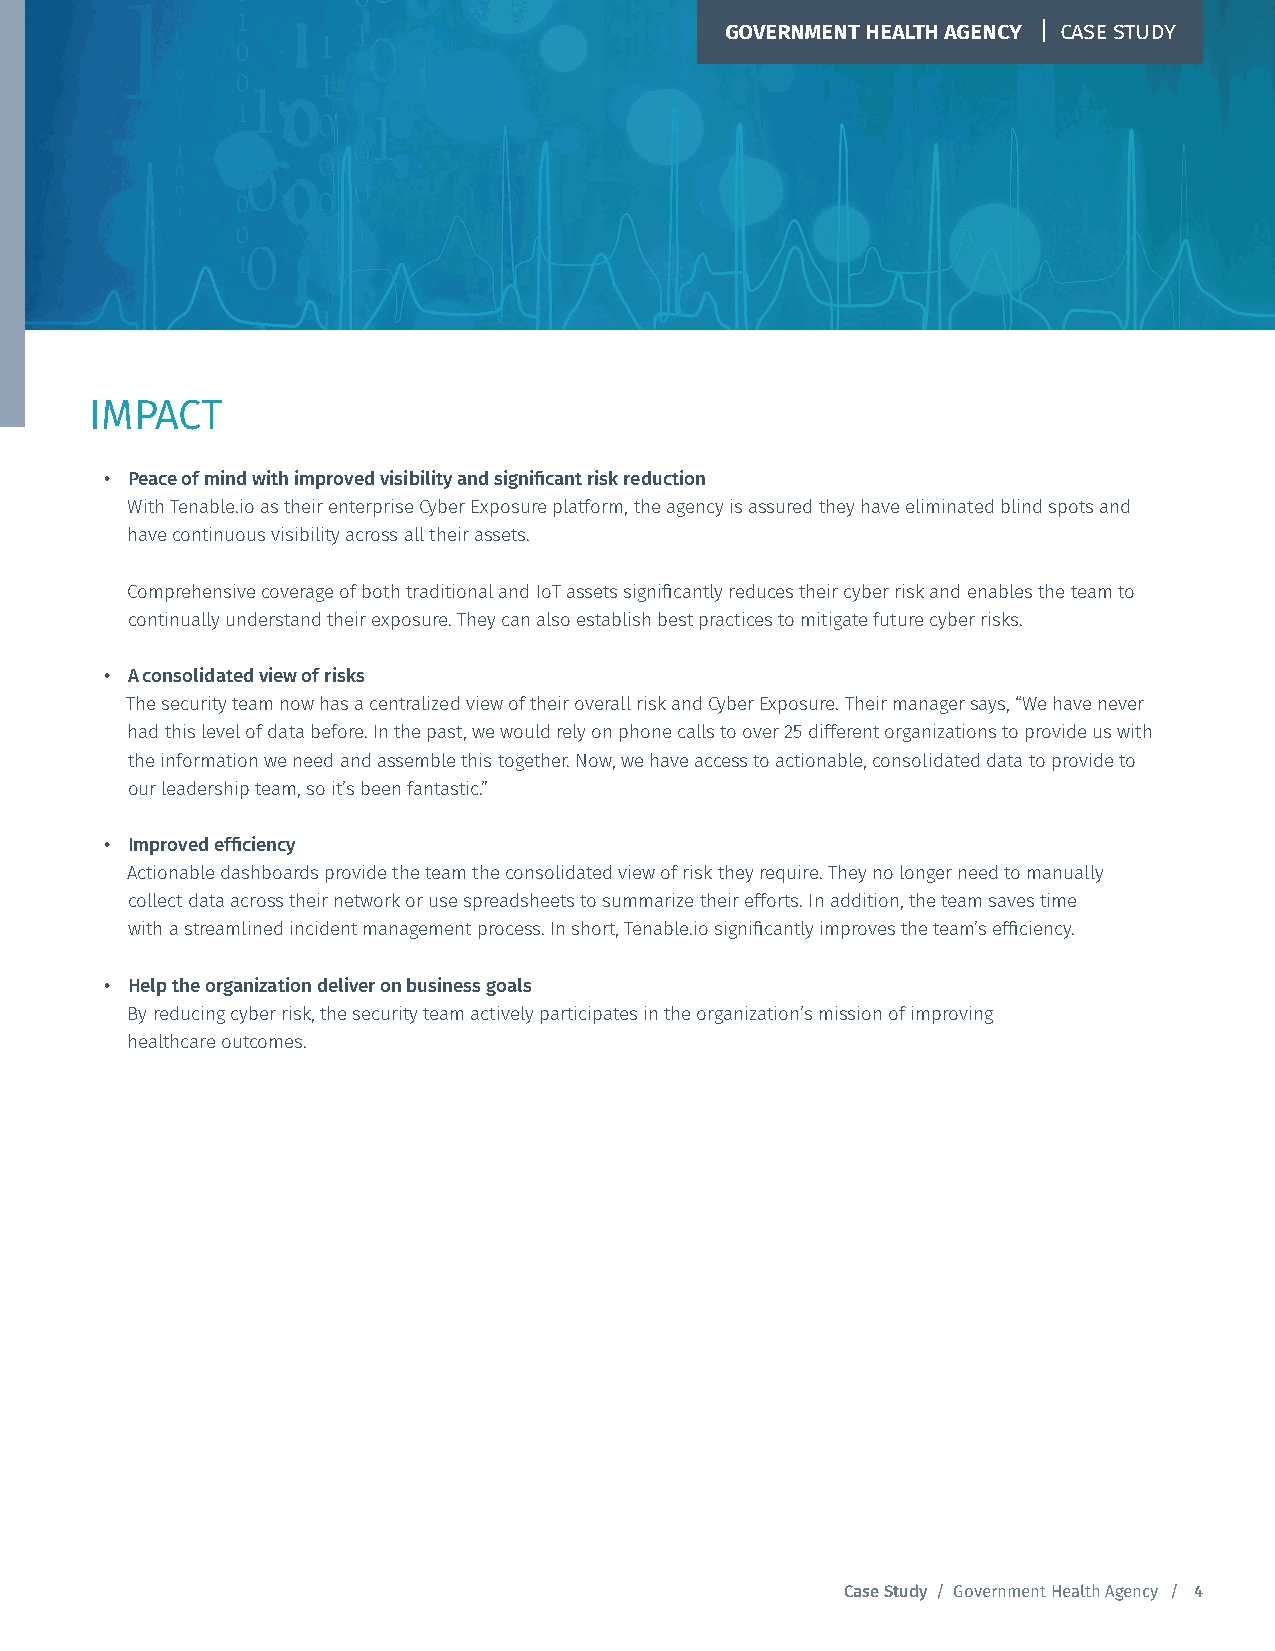
GOVERNMENT HEALTH AGENCY | CASE STUDY
 IMPACT
 • Peace of mind with improved visibility and significant risk reduction
 With Tenable.io as their enterprise Cyber Exposure platform, the agency is assured they have eliminated blind spots and
 have continuous visibility across all their assets.
 Comprehensive coverage of both traditional and IoT assets significantly reduces their cyber risk and enables the team to
 continually understand their exposure. They can also establish best practices to mitigate future cyber risks.
 • A consolidated view of risks
 The security team now has a centralized view of their overall risk and Cyber Exposure. Their manager says, “We have never
 had this level of data before. In the past, we would rely on phone calls to over 25 different organizations to provide us with
 the information we need and assemble this together. Now, we have access to actionable, consolidated data to provide to
 our leadership team, so it’s been fantastic.”
 • Improved efficiency
 Actionable dashboards provide the team the consolidated view of risk they require. They no longer need to manually
 collect data across their network or use spreadsheets to summarize their efforts. In addition, the team saves time
 with a streamlined incident management process. In short, Tenable.io significantly improves the team’s efficiency.
 • Help the organization deliver on business goals
 By reducing cyber risk, the security team actively participates in the organization’s mission of improving
 healthcare outcomes.
 Case Study / Government Health Agency / 4